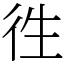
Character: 徃